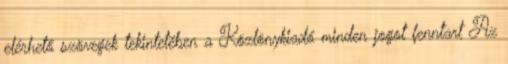
elérhető szövegek tekintetében a Közlönykiadó minden jogot fenntart Az